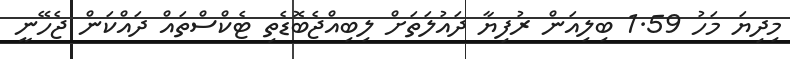
މިދިޔަ މަހު 1.59 ބިލިއަން ރުފިޔާ ދައުލަތަށް ލިބިއްޖެބޮޑެތި ޓެކްސްތައް ދައްކަން ޖެހޭނީ